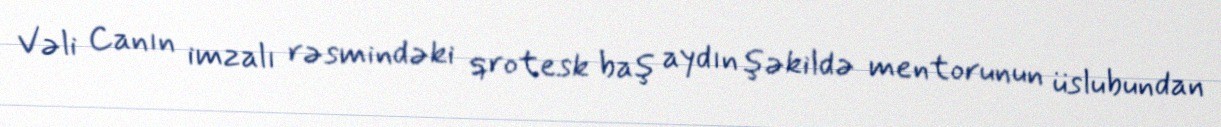
Vəli Canın imzalı rəsmindəki qrotesk baş aydın şəkildə mentorunun üslubundan